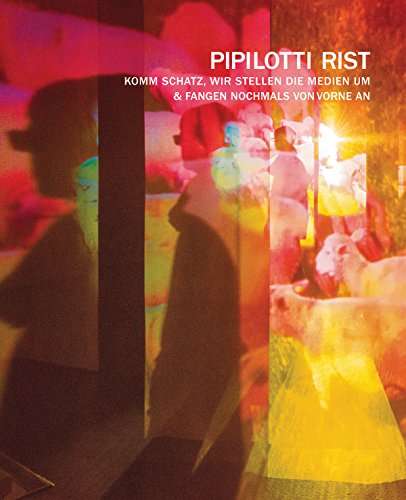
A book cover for Pipilotti Rist; Stephanie Damianitsch; Arts & Photography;